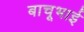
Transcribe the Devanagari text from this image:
बाचूभाई